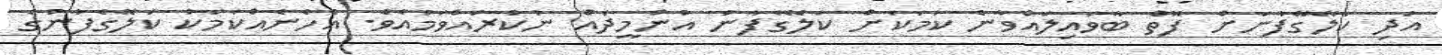
އަދި ކަލޭގޭފާނަށް ފޮތް ބާވައިލައްވާނެ ކަމަކަށް ކަލޭގެފާނު އުންމީދެއް ނުކުރައްވަމުއެވެ. އެހެނެއްކަމަކު ކަލޭގެފާނުގެ